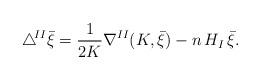
LaTeX: \begin{align*}\triangle \!^{II}\bar{\xi}=\frac{1}{2K}\nabla^{II}(K,\bar{\xi})-n\,H_{I}\,\bar{\xi}. \end{align*}